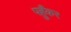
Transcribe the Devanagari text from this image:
पहुँकर